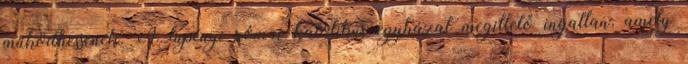
működhessenek. A lupényi római katolikus egyházat megillető ingatlan, amely